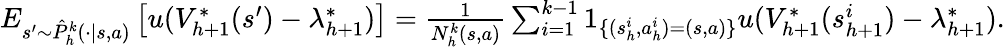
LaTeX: \begin{array}{r}{E_{s^{\prime}\sim\hat{P}_{h}^{k}(\cdot\vert s,a)}\left[u(V_{h+1}^{*}(s^{\prime})-\lambda_{h+1}^{*})\right]=\frac{1}{N_{h}^{k}(s,a)}\sum_{i=1}^{k-1}1_{\{ (s_{h}^{i},a_{h}^{i})=(s,a)\} }u(V_{h+1}^{*}(s_{h+1}^{i})-\lambda_{h+1}^{*}).}\end{array}